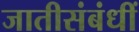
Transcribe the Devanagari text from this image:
जातीसंबंधीं